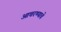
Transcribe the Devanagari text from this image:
आचरण्याचे